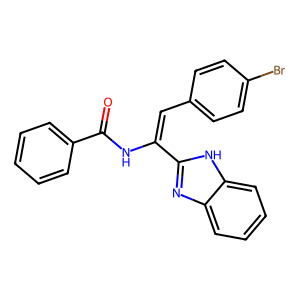
SMILES: O=C(NC(=Cc1ccc(Br)cc1)c1nc2ccccc2[nH]1)c1ccccc1
Inhibits HIV replication: No